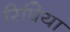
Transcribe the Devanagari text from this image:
रिषिया